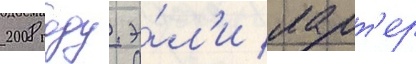
2008 году. э́л'и ларт'ер